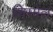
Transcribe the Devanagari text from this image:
शिम्मेल